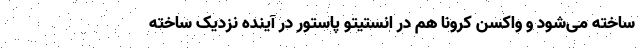
ساخته می‌شود و واکسن کرونا هم در انستیتو پاستور در آینده نزدیک ساخته